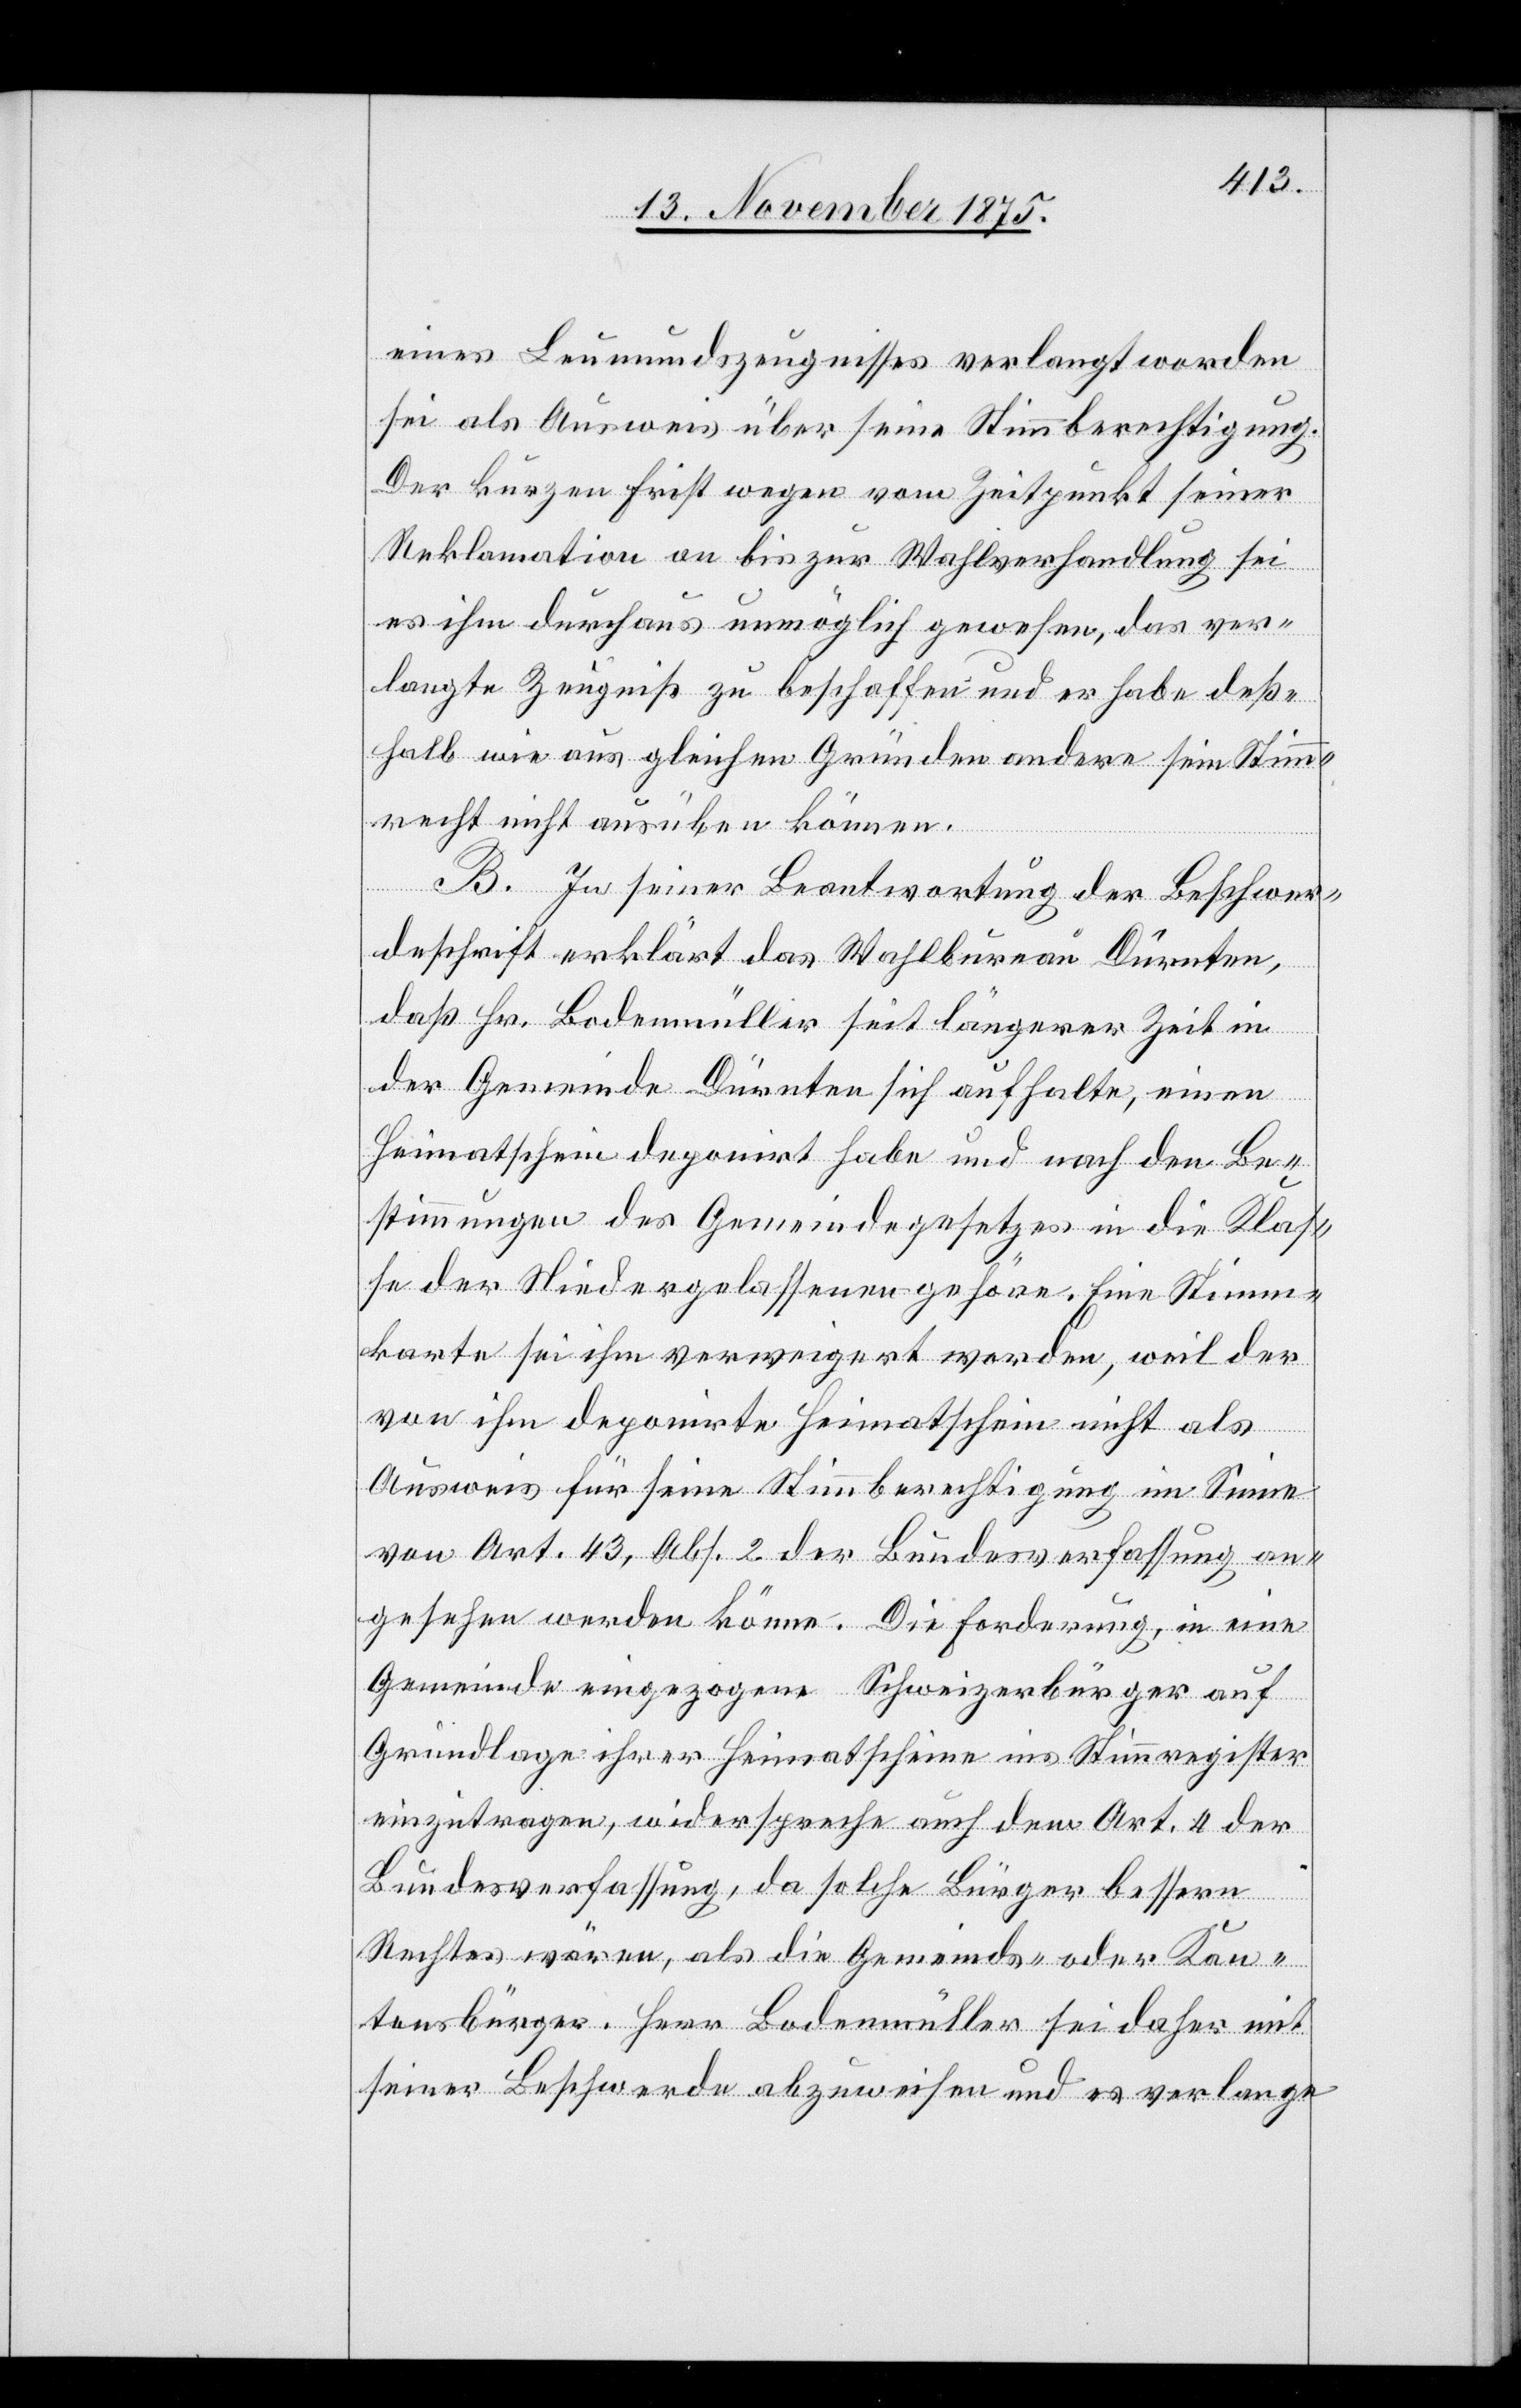
eines Leumundszeugnisses verlangt worden
sei als Ausweis über seine Stimmberechtigung.
Der kurzen Frist wegen vom Zeitpunkt seiner
Reklamation an bis zur Wahlverhandlung sei
es ihm durchaus unmöglich gewesen, das ver¬
langte Zeugniß zu beschaffen und er habe deß¬
halb wie aus gleichen Gründen andere[,] sein Stimm¬
recht nicht ausüben können.
B. In seiner Beantwortung der Beschwer¬
deschrift erklärt das Wahlbureau Dürnten,
daß Hr. Bodenmüller seit längerer Zeit in
der Gemeinde Dürnten sich aufhalte, einen
Heimatschein deponirt habe und nach den Be¬
stimmungen des Gemeindegesetzes in die Klas¬
se der Niedergelassenen gehöre. Eine Stimm¬
karte sei ihm verweigert worden, weil der
von ihm deponirte Heimatschein nicht als
Ausweis für seine Stimmberechtigung im Sinne
von Art. 43, Abs. 2 der Bundesverfassung an¬
gesehen werden könne. Die Forderung, in eine
Gemeinde eingezogene Schweizerbürger auf
Grundlage ihrer Heimatscheine ins Stimmregister
einzutragen, widerspreche auch dem Art. 4 der
Bundesverfassung, da solche Bürger bessern
Rechtes wären, als die Gemeinds- oder Kan¬
tonsbürger. Herr Bodenmüller sei daher mit
seiner Beschwerde abzuweisen und es verlange